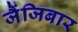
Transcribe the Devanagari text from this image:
जैंजिबार